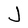
Character: J